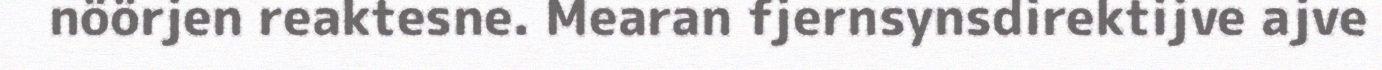
nöörjen reaktesne. Mearan fjernsynsdirektijve ajve